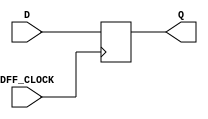
`timescale 1ns / 1ps
//////////////////////////////////////////////////////////////////////////////////
// Company: 
// Engineer: 
// 
// Design Name: 
// Module Name: one_dff
// Project Name: 
// Target Devices: 
// Tool Versions: 
// Description: 
// 
// Dependencies: 
// 
// Revision:
// Revision 0.01 - File Created
// Additional Comments:
// 
//////////////////////////////////////////////////////////////////////////////////


module one_dff(input D, DFF_CLOCK, output reg Q = 0);  
 
    always @ (posedge DFF_CLOCK) begin         
    Q <= D;    
    end 
 
endmodule